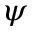
\psi